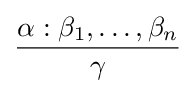
{\frac {\alpha :\beta _{1},\ldots ,\beta _{n}}{\gamma }}